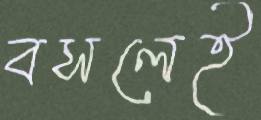
বসলেই